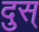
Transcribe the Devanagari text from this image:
दुस्